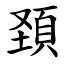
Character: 頚